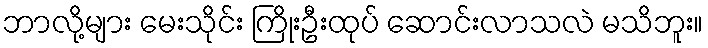
ဘာလို့များ မေးသိုင်း ကြိုးဦးထုပ် ဆောင်းလာသလဲ မသိဘူး။